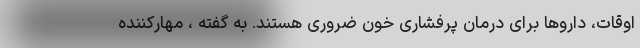
اوقات، داروها برای درمان پرفشاری خون ضروری هستند. به گفته ، مهارکننده